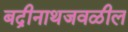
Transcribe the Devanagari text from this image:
बद्रीनाथजवळील